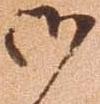
御